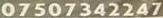
07507342247